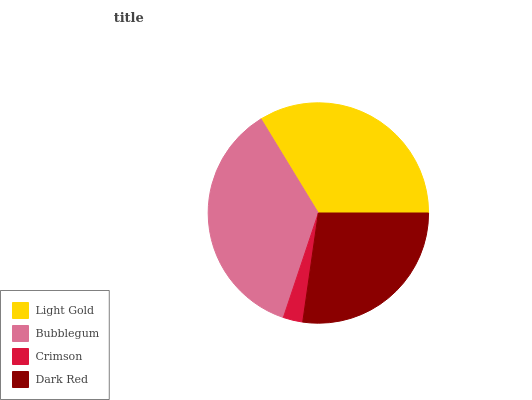
| Light Gold | Bubblegum | Crimson | Dark Red |
 | --- | --- | --- | --- |
 | 33.8% | 36.1% | 2.88% | 27.2% |